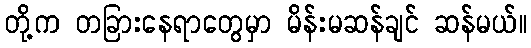
တို့က တခြားနေရာတွေမှာ မိန်းမဆန်ချင် ဆန်မယ်။